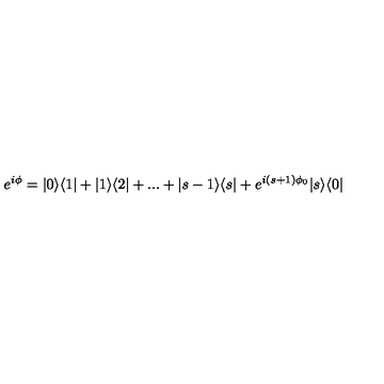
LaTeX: e ^ { i \phi } = | 0 \rangle \langle 1 | + | 1 \rangle \langle 2 | + . . . + | s - 1 \rangle \langle s | + e ^ { i ( s + 1 ) \phi _ { 0 } } | s \rangle \langle 0 |